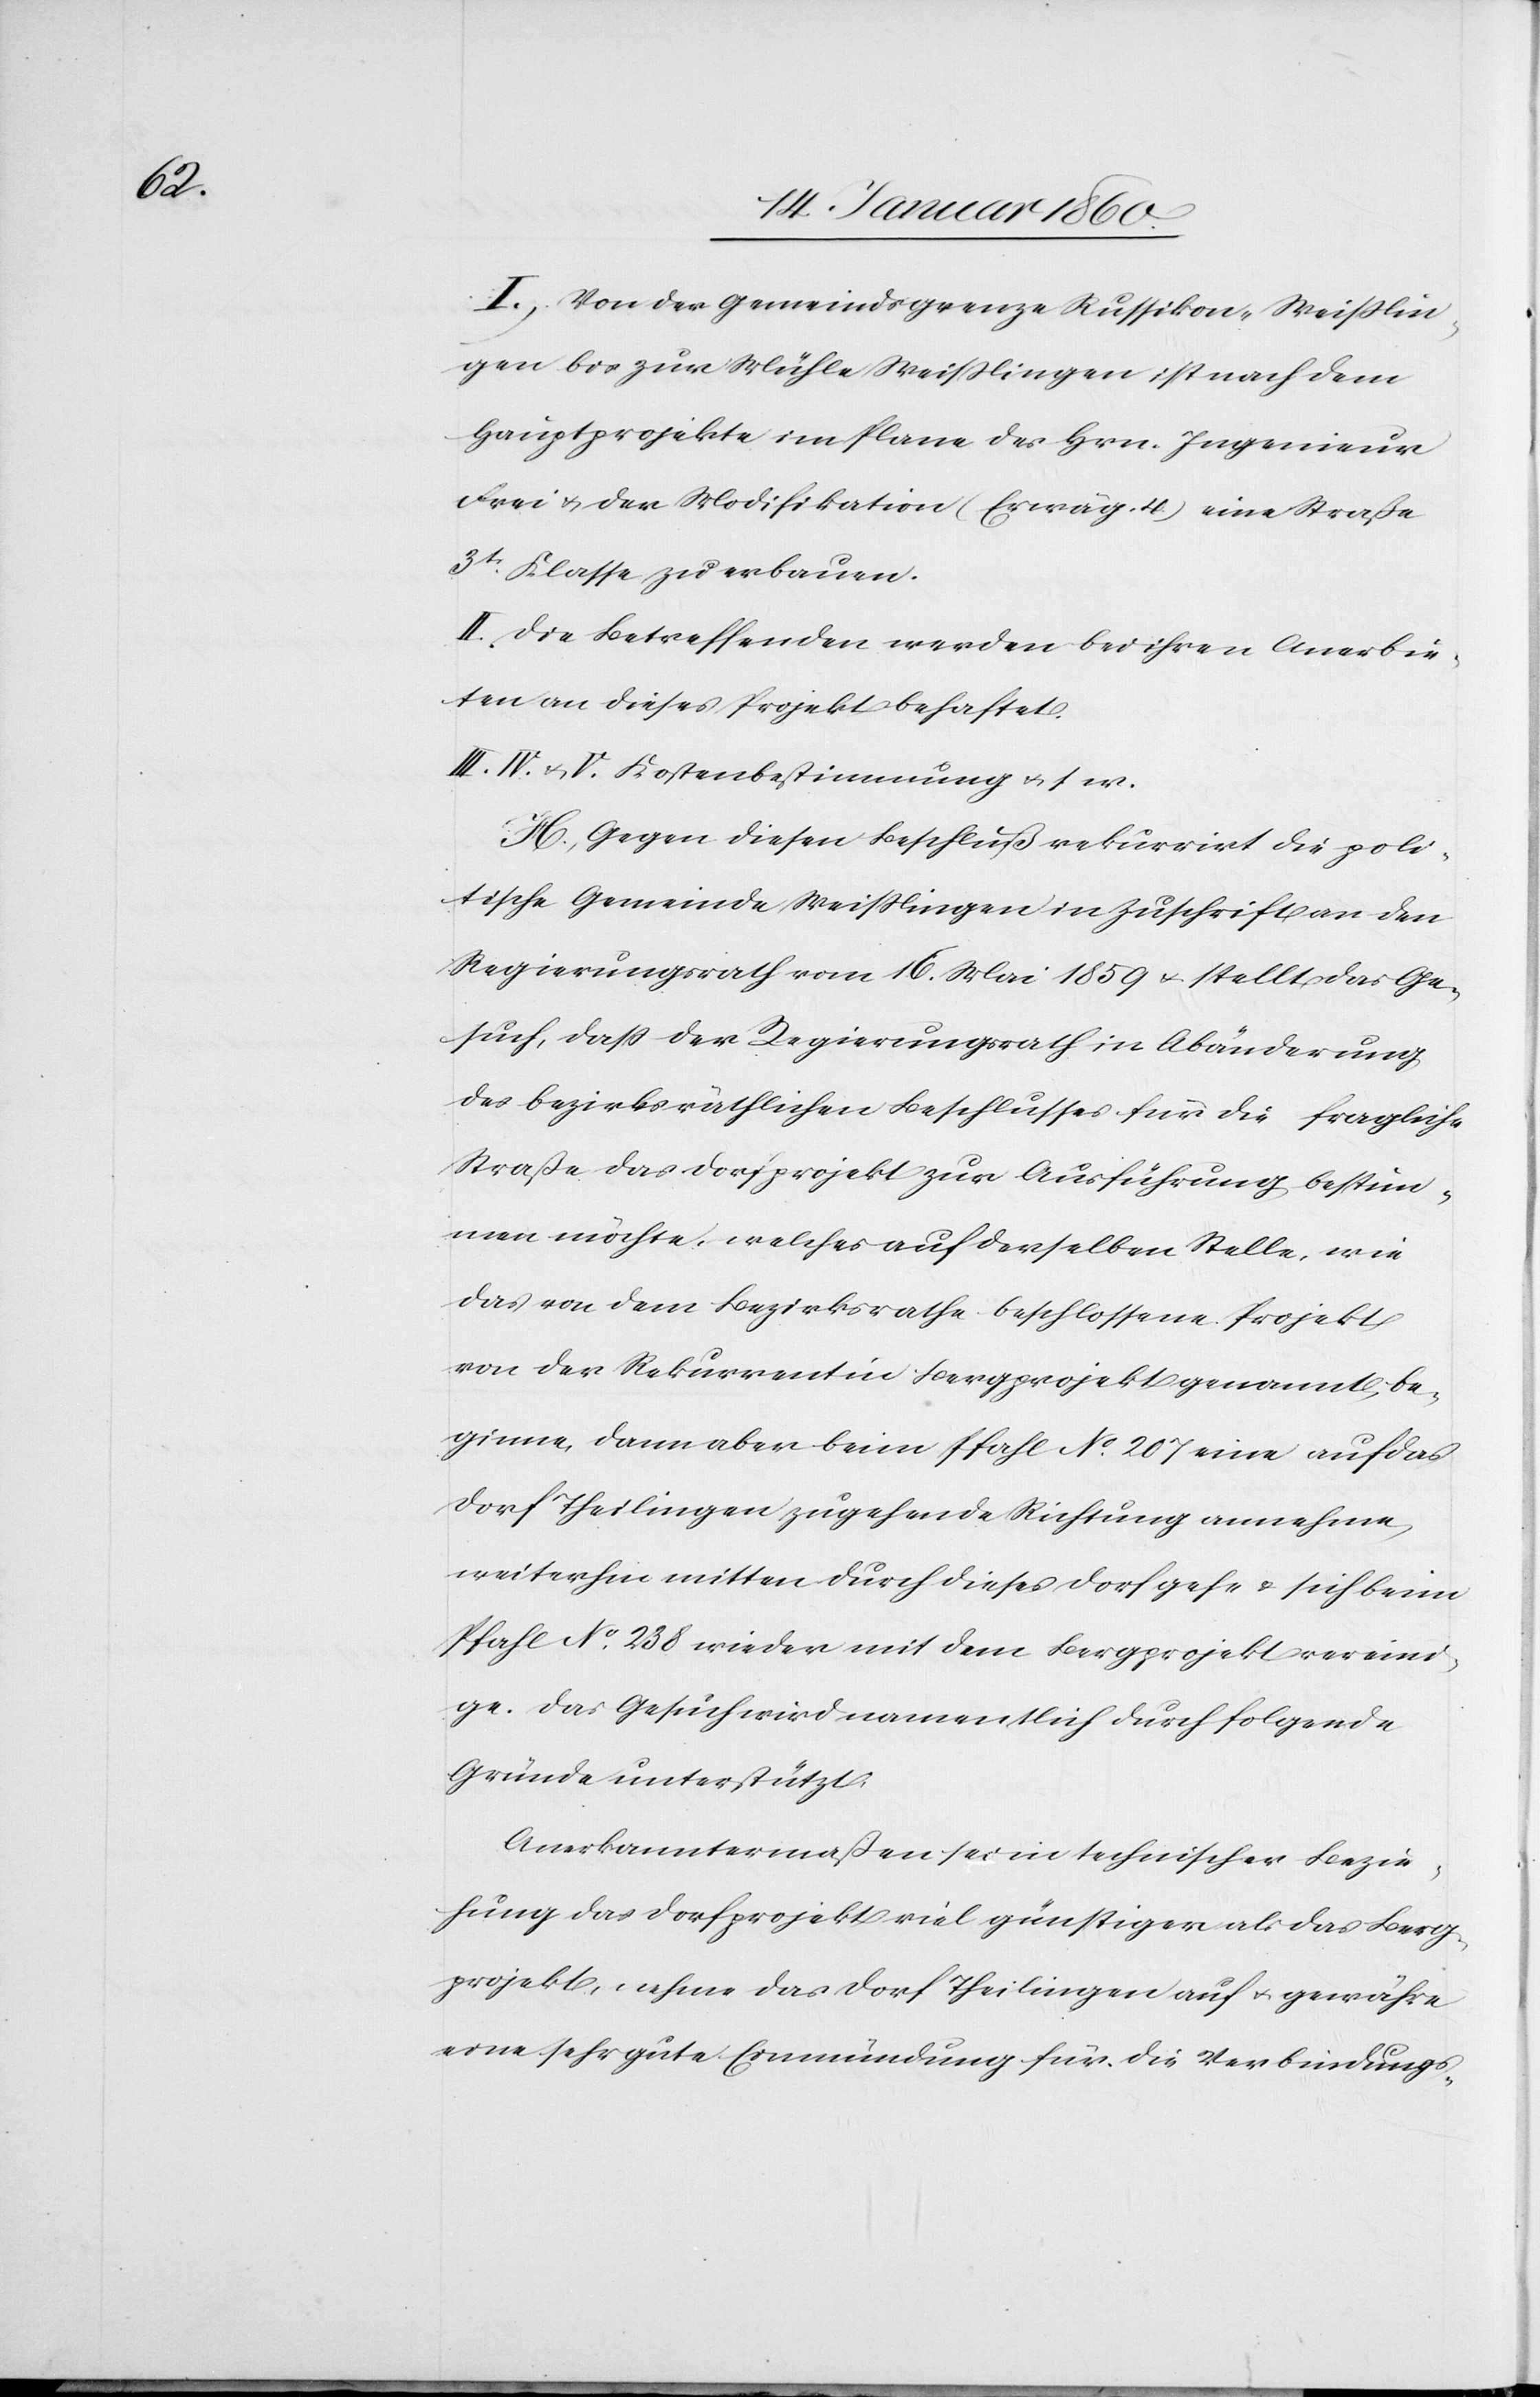
I. Von der Gemeindsgrenze Russikon, Weißlin¬
gen bis zur Mühle Weißlingen ist nach dem
Hauptprojekte im Plane des Hrn. Ingenieur
Frei u. der Modifikation (Erwäg. 4.) eine Straße
3tr Klasse zu erbauen.
II. Die Betreffenden werden bei ihren Anerbie¬
ten an dieses Projekt behaftet.
III. IV. u. V. Kostenbestimmung u. s. w.
H. Gegen diesen Beschluß rekurrirt die poli¬
tische Gemeinde Weißlingen in Zuschrift an den
Regierungsrath vom 16. Mai 1859. u. stellt das Ge¬
such, daß der Regierungsrath in Abänderung
des bezirksräthlichen Beschlusses für die fragliche
Straße das Dorfprojekt zur Ausführung bestim¬
men möchte, welches auf derselben Stelle, wie
das von dem Bezirksrathe beschlossene Projekt
von der Rekurrentin Bergprojekt genannt, be¬
ginne, dann aber beim Pfahl No 207 eine auf das
Dorf Theilingen zugehende Richtung annehme,
weiterhin mitten durch dieses Dorf gehe u. sich beim
Pfahl 238 wieder mit dem Bergprojekt vereini¬
ge. Das Gesuch wird namentlich durch folgende
Gründe unterstützt.
Anerkanntermaßen sei in technischer Bezie¬
hung das Dorfprojekt viel günstiger als das Berg¬
projekt, nehme das Dorf Theilingen auf u. gewähre
eine sehr gute Einmündung für die Verbindungs-